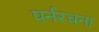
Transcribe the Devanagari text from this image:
पर्नरचना